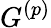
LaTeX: G^{({p})}